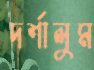
দর্শালুম